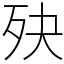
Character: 𣧎